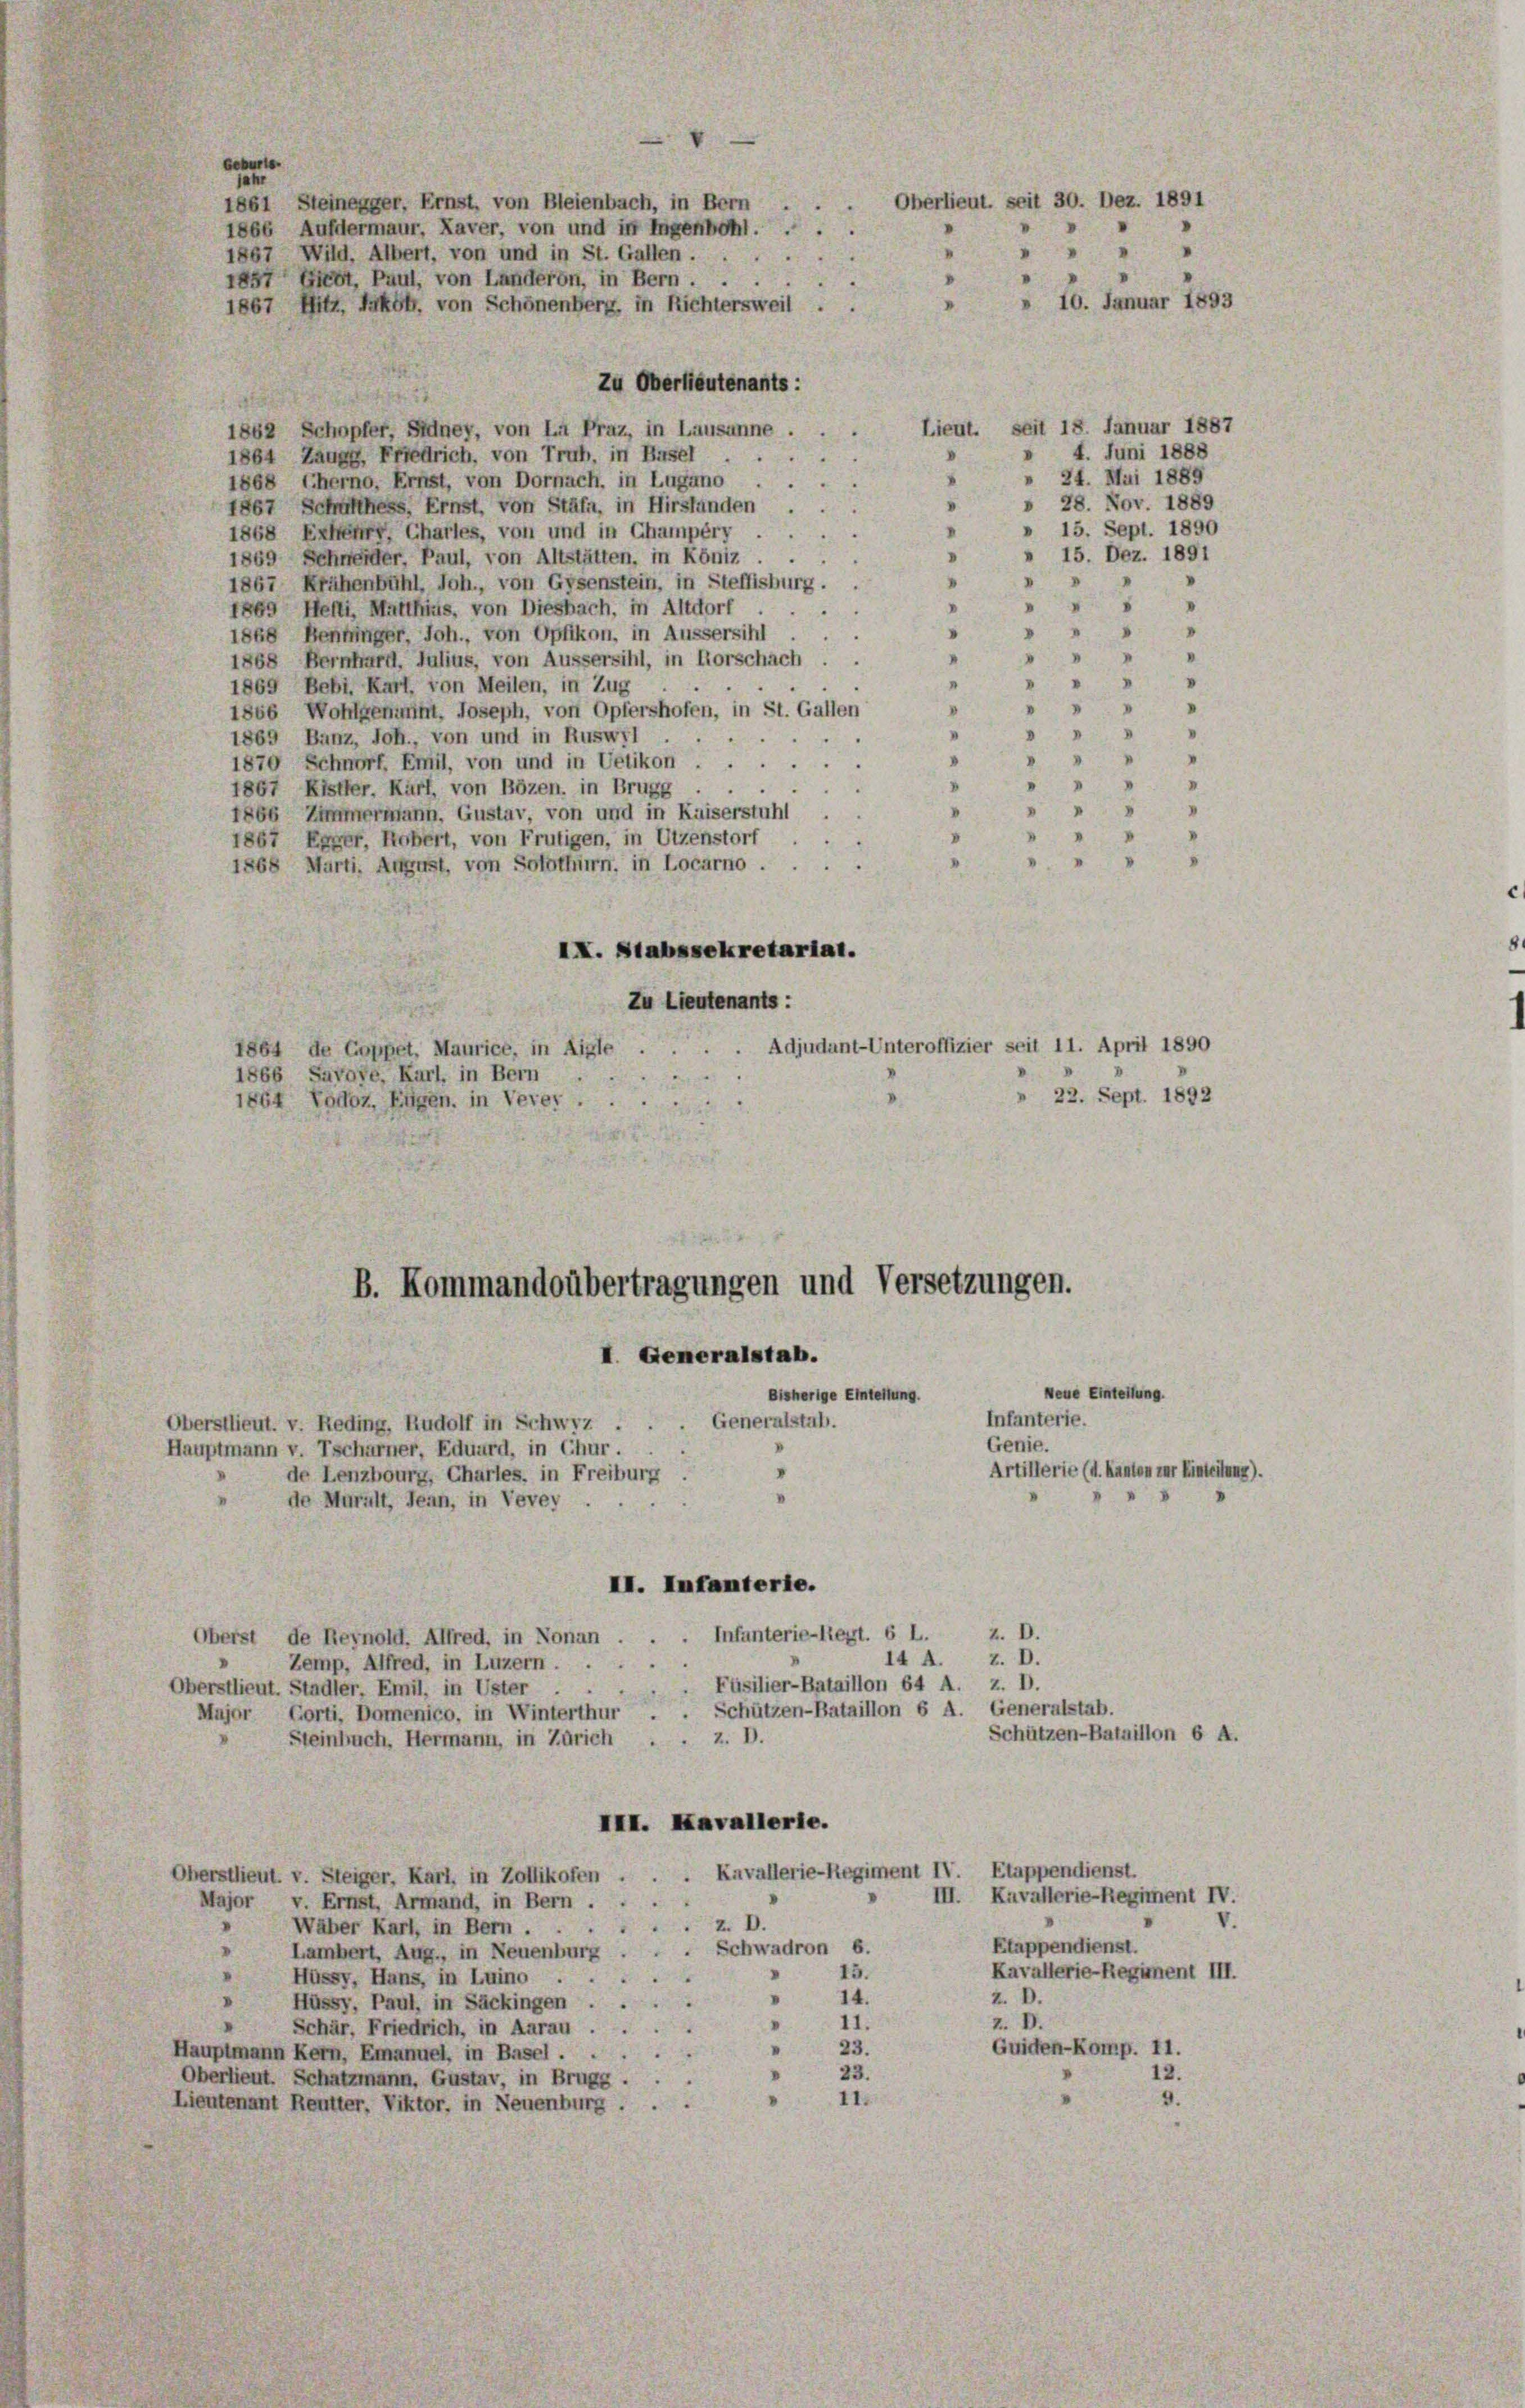
e
Zu Oberlieutenants:
Lieut. seit 18. Januar 1887
1862 Schopfer, Sidney, von LA Praz, in Lausanne
» 4. Juni 1888
1864 Zaugg, Friedrich, von Truh, in Basel
V
» 24. Mai 1885
.
1868 (herno, Ernst, von Dornach, in Lugano
» 28. Nov. 1889
.
1867 Schulthess, Ernst, von Stäfa, in Hirslanden
» 15. Sept. 1890
1868 Exter, Chartes, von und in Champéry
.
.
» 15. Dez. 1891
1869 Schneider, Paul, von Altstätten, in Köniz . .
.
I
1867 Krähenbühl, Joh., von Gysenstein, in Steffisburg . .
 5 "
1869 Hefti, Matthius, von Diesbach, in Altdorf
"
.
"
1868 Bentringer, Joh., von Opfikon, in Aussersihl
2
d
» " " "
1868 Bernhard, Julius, von Aussersihl, in Korschach . .
V
I
I
1869 Bebi. Karl, von Meilen, in Zug.
1
1866 Wohlgemeint. Joseph, von Opfershofen, in St. Gallen
"
1869 Banz, Joh., von und in Ruswyl
.
“
1870 Schnorf, Emil, von und in Uetikon ...
8
"
1867 Kister. Karl, von Bözen, in Brugg
"
I
1866 Zimmermann, Gustav, von und in Kaiserstuhl
1867 Egger, Robert, von Frutigen, in Utzenstorf
"
"
1868 Marti, August, von Solothurn, in Locarno.
IX. Stabssekretariat.
Zu Lieutenants:
Adjudant-Unteroffizier seit 11. April 1890
1864 de Coppet. Maurice, in Aigle
1866 Savove, Karl, in Bern
22. Sept. 1892
1864 Podoz, Eigen, in Verer.
B. Kommandoübertragungen und Versetzungen.
I. Generalstab.
Neue Einteilung
Bisherige Eintertung.
Infanterie.
Generalstab.
Oberstlieut. v. Reding, Rudolf in Schwyz .
Genie.
Hauptmann v. Tscharner, Eduard, in Chur.
Artillerie (d. Kanton zur Einteilung)
de Lenzbourg, Chartes, in Freiburg
I
de Muralt, Jean, in Vevey
II. Infanterie.
z. D.
Oberst de Reynoll. Alfred, in Nonan . . . Infanterie-Reyt. 6 L.
14 A.
z. D.
.
Zemp, Alfred, in Luzern.
 Füsilier-Bataillon 64 A. z. D
Oberstlieut. Stadler, Emil, in Uster
Major Gorti, Domenico, in Winterthur . . Schützen-Bataillon 6 A. Generalstab.
Schützen-Bataillon 6 A.
Steinbuch, Hermann, in Zürich . . z. D.
III. Kavallerie.
Kavallerie-Regiment IV. Etappendienst.
Oberstlieut. v. Steiger, Karl, in Zollikofen
III. Kavallerie-Regiment IV.
Major v. Ernst, Armand, in Bern.
V.
Z. D.
Wäber Karl, in Bern . . .
Etappendienst.
Schwadron 6.
Lambert, Aug., in Neuenburg
15.
Kavallerie-Regiment III.
Hüssy, Hans, in Luino
5
Z. D.
14.
"
Hüssy, Paul, in Säckingen . .
e
Z. V.
11.
“
Schär, Friedrich, in Aarau
Guiden-Komp. 11.
23.
"
Hauptmann Kern, Emanuel, in Basel . .
23.
12.
Oberlieut. Schatzmann, Gustav, in Brugg
11.
9.
Lieutenant Reutter, Viktor, in Neuenburg .

Oberlieut. seit 30. Dez. 1891
1861 Steinegger, Ernst, von Bleienbach, in Bern
1866 Aufdermaur, Xaver, von und in Ingenbohl. ...
 " "
1867 Wild, Albert, von und in St. Gallen ...
1857 Giebt, Paul, von Landeren, in Bern ...
» 10. Januar 1893
1867 Hitz, Jakob, von Schönenberg, in Richtersweil.

e